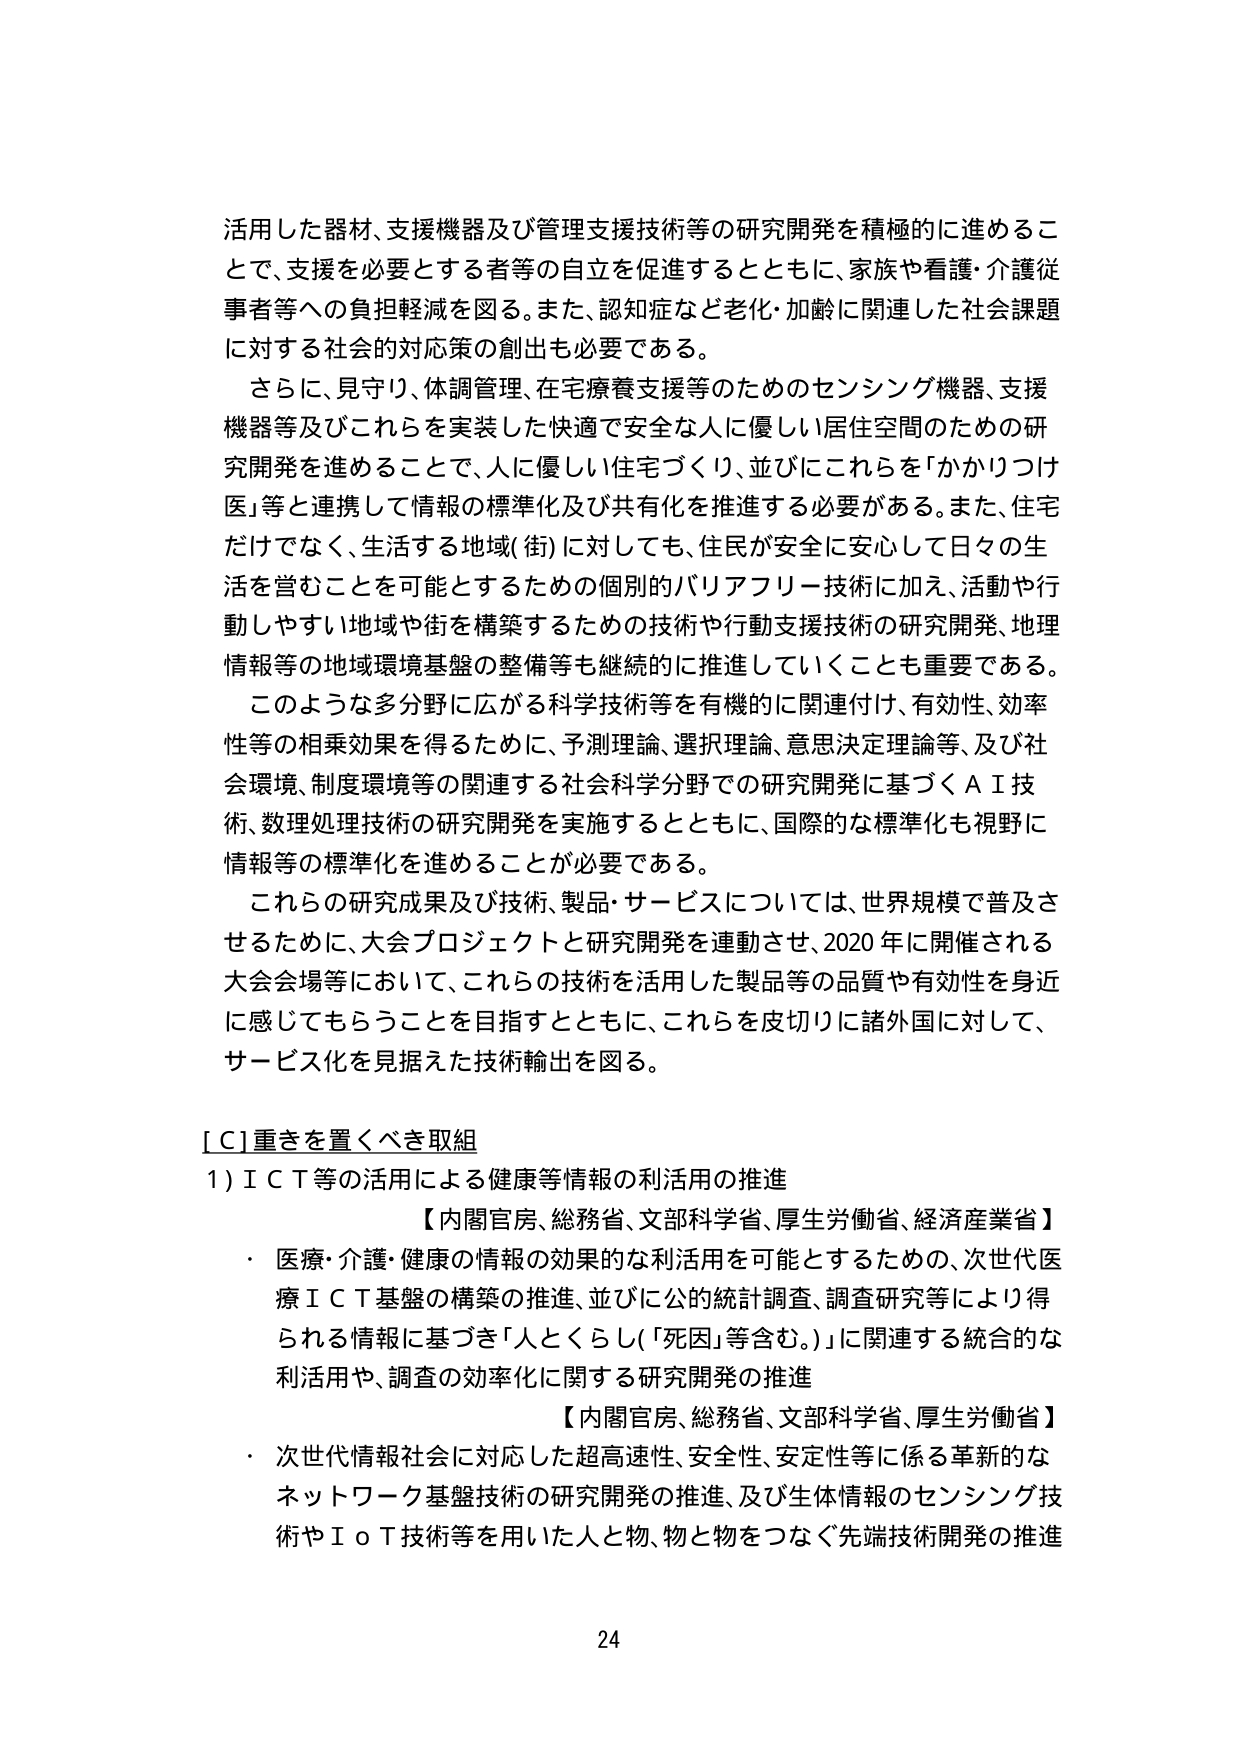
活用した器材、支援機器及び管理支援技術等の研究開発を積極的に進めるこ
とで、支援を必要とする者等の自立を促進するとともに、家族や看護・介護従
事者等への負担軽減を図る。また、認知症など老化・加齢に関連した社会課題
に対する社会的対応策の創出も必要である。
　さらに、見守り、体調管理、在宅療養支援等のためのセンシング機器、支援
機器等及びこれらを実装した快適で安全な人に優しい居住空間のための研
究開発を進めることで、人に優しい住宅づくり、並びにこれらを「かかりつけ
医」等と連携して情報の標準化及び共有化を推進する必要がある。また、住宅
だけでなく、生活する地域（街）に対しても、住民が安全に安心して日々の生
活を営むことを可能とするための個別的バリアフリー技術に加え、活動や行
動しやすい地域や街を構築するための技術や行動支援技術の研究開発、地理
情報等の地域環境基盤の整備等も継続的に推進していくことも重要である。
　このような多分野に広がる科学技術等を有機的に関連付け、有効性、効率
性等の相乗効果を得るために、予測理論、選択理論、意思決定理論等、及び社
会環境、制度環境等の関連する社会科学分野での研究開発に基づくＡＩ技
術、数理処理技術の研究開発を実施するとともに、国際的な標準化も視野に
情報等の標準化を進めることが必要である。
　これらの研究成果及び技術、製品・サービスについては、世界規模で普及さ
せるために、大会プロジェクトと研究開発を連動させ、2020年に開催される
大会会場等において、これらの技術を活用した製品等の品質や有効性を身近
に感じてもらうことを目指すとともに、これらを皮切りに諸外国に対して、
サービス化を見据えた技術輸出を図る。

[C]重きを置くべき取組
1)ＩＣＴ等の活用による健康等情報の利活用の推進
　　【内閣官房、総務省、文部科学省、厚生労働省、経済産業省】
　・医療・介護・健康の情報の効果的な利活用を可能とするための、次世代医
　　療ＩＣＴ基盤の構築の推進、並びに公的統計調査、調査研究等により得
　　られる情報に基づき「人とくらし（「死因」等含む。）」に関連する統合的な
　　利活用や、調査の効率化に関する研究開発の推進
　　　　【内閣官房、総務省、文部科学省、厚生労働省】
　・次世代情報社会に対応した超高速性、安全性、安定性等に係る革新的な
　　ネットワーク基盤技術の研究開発の推進、及び生体情報のセンシング技
　　術やＩｏＴ技術等を用いた人と物、物と物をつなぐ先端技術開発の推進

24